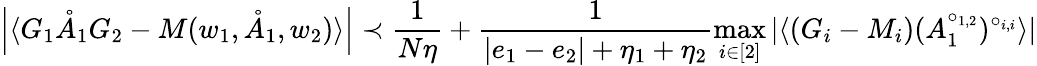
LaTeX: \left\vert\langle G_{1}\mathring{A}_{1}G_{2}-M(w_{1},\mathring{A}_{1},w_{2})\rangle\right\vert\prec\frac{1}{N\eta}+\frac{1}{|e_{1}-e_{2}|+\eta_{1}+\eta_{2}}\operatorname*{max}_{i\in[2]}\vert\langle(G_{i}-M_{i})(A_{1}^{\circ_{1,2}})^{\circ_{i,i}}\rangle\vert